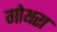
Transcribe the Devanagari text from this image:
गोथरा